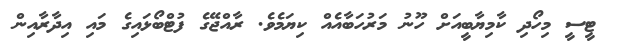
ޓީސީ މިހޯދި ކާމިޔާބީއަށް ހޫނު މަރުހަބާއެއް ކިޔަމެވެ. ރާއްޖޭގެ ފުޓްބޯޅައިގެ މައި އިދާރާއިން